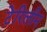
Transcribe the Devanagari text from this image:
टेरिलीन